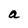
Character: a